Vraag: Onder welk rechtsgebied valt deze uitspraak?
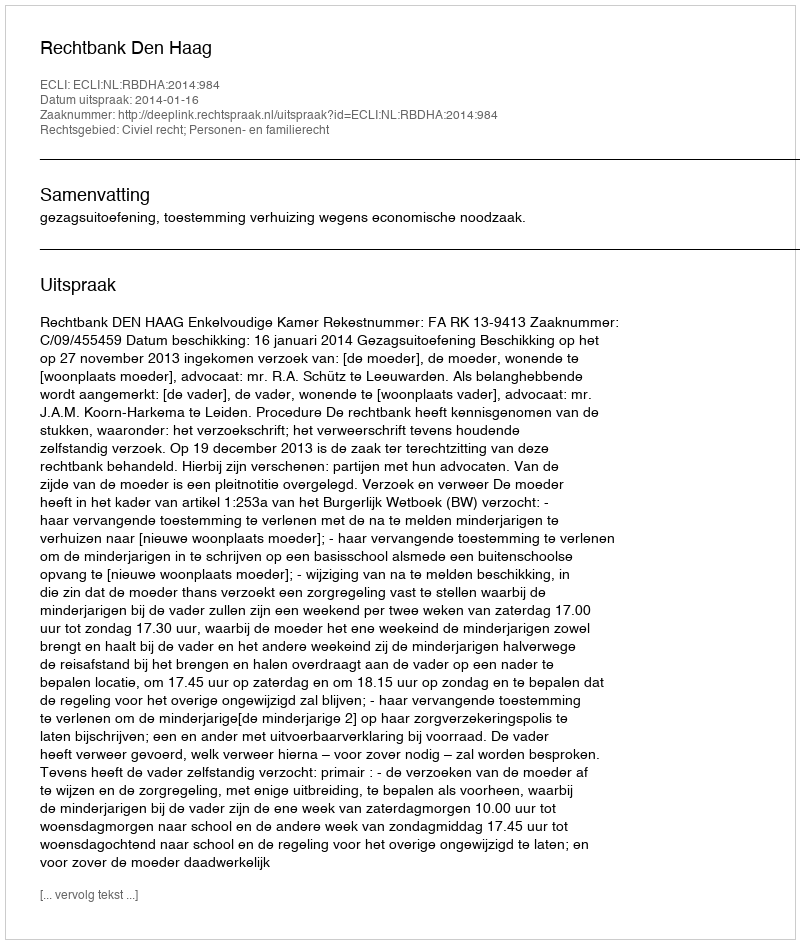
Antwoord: Civiel recht; Personen- en familierecht